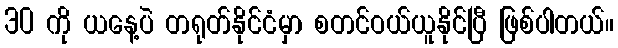
30 ကို ယနေ့ပဲ တရုတ်နိုင်ငံမှာ စတင်ဝယ်ယူနိုင်ပြီ ဖြစ်ပါတယ်။